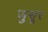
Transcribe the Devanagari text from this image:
जुसूर